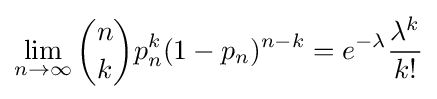
\lim _{n\to \infty }{n \choose k}p_{n}^{k}(1-p_{n})^{n-k}=e^{-\lambda }{\frac {\lambda ^{k}}{k!}}